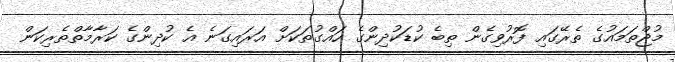
މުޖްތަމައުގެ ތެރޭގައި ފޮރުވިގެން ތިބެ ކުޑަކުދިންގެ ހައްގުތަކަށް އަރައިގަނެ އެ ކުދިންގެ ކަރާމާތްތެރިކަން